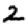
Digit: 2